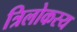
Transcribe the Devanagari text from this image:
त्रिलोकस्य